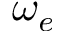
\omega _ { e }